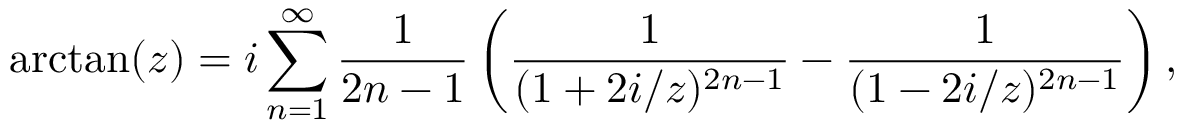
\arctan ( z ) = i \sum _ { n = 1 } ^ { \infty } { \frac { 1 } { 2 n - 1 } } \left( { \frac { 1 } { ( 1 + 2 i / z ) ^ { 2 n - 1 } } } - { \frac { 1 } { ( 1 - 2 i / z ) ^ { 2 n - 1 } } } \right) ,